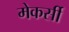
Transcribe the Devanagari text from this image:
मेकर्सी